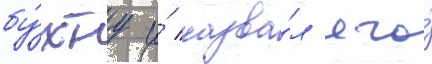
бу́хту и́ назва́л его́